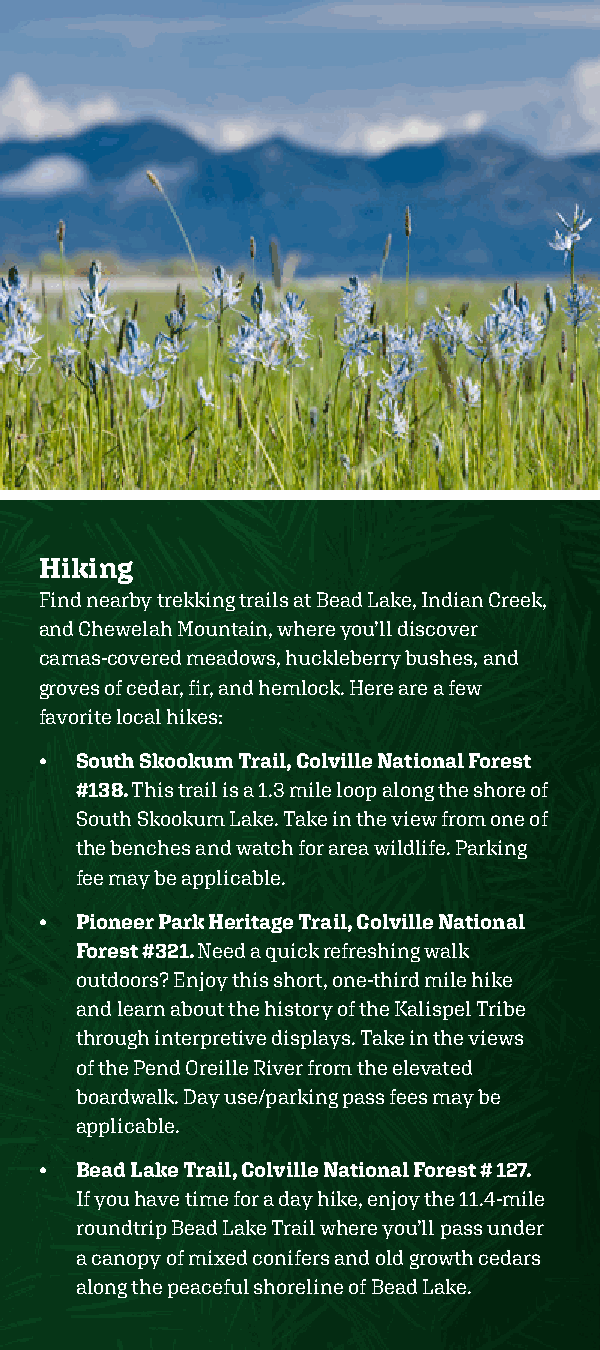
Hiking
 Find nearby trekking trails at Bead Lake, Indian Creek,
 and Chewelah Mountain, where you’ll discover
 camas-covered meadows, huckleberry bushes, and
 groves of cedar, fir, and hemlock. Here are a few
 favorite local hikes:
 • South Skookum Trail, Colville National Forest
 #138. This trail is a 1.3 mile loop along the shore of
 South Skookum Lake. Take in the view from one of
 the benches and watch for area wildlife. Parking
 fee may be applicable.
 • Pioneer Park Heritage Trail, Colville National
 Forest #321. Need a quick refreshing walk
 outdoors? Enjoy this short, one-third mile hike
 and learn about the history of the Kalispel Tribe
 through interpretive displays. Take in the views
 of the Pend Oreille River from the elevated
 boardwalk. Day use/parking pass fees may be
 applicable.
 • Bead Lake Trail, Colville National Forest # 127.
 If you have time for a day hike, enjoy the 11.4-mile
 roundtrip Bead Lake Trail where you’ll pass under
 a canopy of mixed conifers and old growth cedars
 along the peaceful shoreline of Bead Lake.